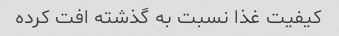
کیفیت غذا نسبت به گذشته افت کرده